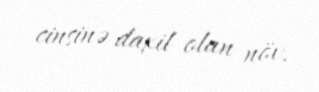
cinsinə daxil olan növ.